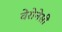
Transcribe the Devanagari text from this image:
वेरोनेसी